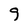
Character: 9